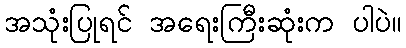
အသုံးပြုရင် အရေးကြီးဆုံးက ပါပဲ။